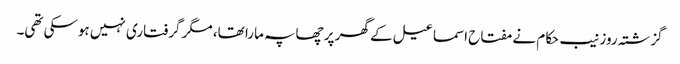
گزشتہ روز نیب حکام نے مفتاح اسماعیل کے گھر پر چھاپہ مارا تھا، مگر گرفتاری نہیں ہوسکی تھی۔